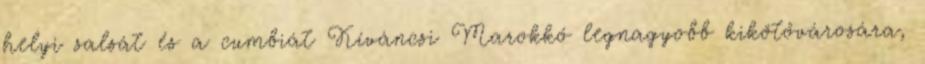
helyi salsát és a cumbiát Kíváncsi Marokkó legnagyobb kikötővárosára,